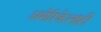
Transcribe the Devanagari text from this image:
अमेरिकेलाही